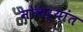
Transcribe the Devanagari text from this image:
नोकऱ्यांत